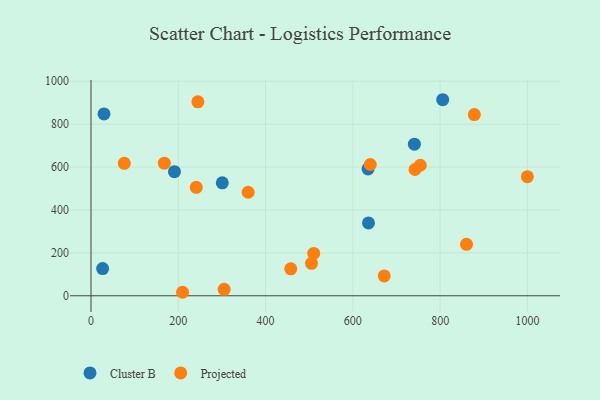
{"axis": {"x": "Speed", "y": "Salary"}, "legend": ["Cluster B", "Projected"], "data": [{"x": "300.8", "y": 526.7, "type": "Cluster B"}, {"x": "26.6", "y": 127.0, "type": "Cluster B"}, {"x": "635.8", "y": 339.7, "type": "Cluster B"}, {"x": "741.0", "y": 706.8, "type": "Cluster B"}, {"x": "805.9", "y": 914.0, "type": "Cluster B"}, {"x": "29.8", "y": 847.9, "type": "Cluster B"}, {"x": "191.2", "y": 578.4, "type": "Cluster B"}, {"x": "634.8", "y": 591.2, "type": "Cluster B"}, {"x": "742.4", "y": 588.6, "type": "Projected"}, {"x": "860.4", "y": 239.8, "type": "Projected"}, {"x": "209.8", "y": 16.3, "type": "Projected"}, {"x": "754.5", "y": 608.6, "type": "Projected"}, {"x": "671.9", "y": 92.7, "type": "Projected"}, {"x": "244.9", "y": 904.0, "type": "Projected"}, {"x": "305.1", "y": 30.0, "type": "Projected"}, {"x": "457.7", "y": 125.7, "type": "Projected"}, {"x": "510.3", "y": 197.2, "type": "Projected"}, {"x": "360.1", "y": 482.7, "type": "Projected"}, {"x": "505.2", "y": 151.1, "type": "Projected"}, {"x": "241.1", "y": 505.6, "type": "Projected"}, {"x": "878.4", "y": 844.9, "type": "Projected"}, {"x": "76.2", "y": 617.3, "type": "Projected"}, {"x": "999.9", "y": 555.4, "type": "Projected"}, {"x": "640.0", "y": 611.9, "type": "Projected"}, {"x": "168.0", "y": 618.2, "type": "Projected"}]}